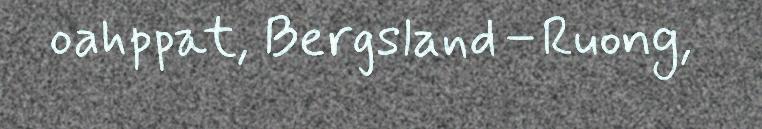
oahppat, Bergsland–Ruong,